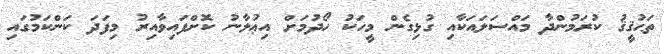
ތަޙުޤީޤު ކުރަމުންދާ މައްސަލައަކާއި ގުޅިގެން މީހަކު ހޯދުމަށް އިޢުލާނު ކޮށްފައިވާއިރު މިފަދަ ކަންކަމުގައި